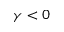
\gamma < 0